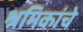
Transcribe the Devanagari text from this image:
श्रमिकांचे